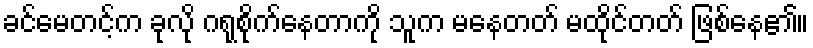
ခင်မေတင့်က ခုလို ဂရုစိုက်နေတာကို သူက မနေတတ် မထိုင်တတ် ဖြစ်နေ၏။